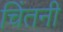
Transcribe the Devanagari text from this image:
चिंतनी